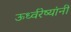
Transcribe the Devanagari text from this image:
ऊर्ध्वरेष्यांनी